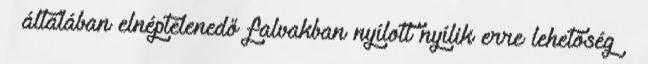
 általában elnéptelenedő falvakban nyílott nyílik erre lehetőség 